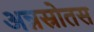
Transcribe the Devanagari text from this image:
अन्नस्रोतस